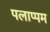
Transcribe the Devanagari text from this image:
पलाप्पम